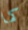
كما